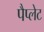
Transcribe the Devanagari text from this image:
पैप्लेट